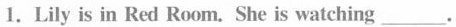
1.Lily is in Red Room. She is watching ___.